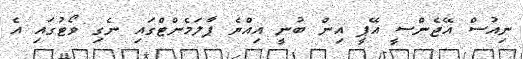
ނިއުސް އޭޖެންސީ އޭޕީ އިން ބުނީ އިއްޔެ ޕާލަމެންޓްގައި ނެގި ވޯޓުގައި އެ